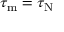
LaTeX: \tau _ { \mathrm { m } } = \tau _ { \mathrm { N } }